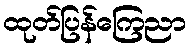
ထုတ်ပြန်ကြေညာ